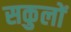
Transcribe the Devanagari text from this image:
सकुलों